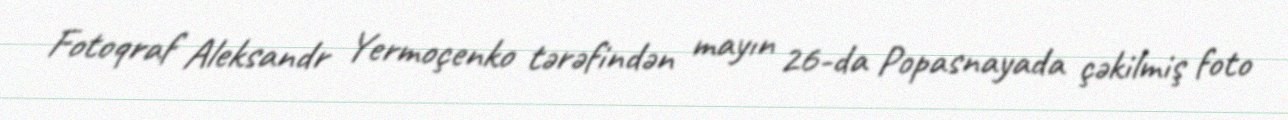
Fotoqraf Aleksandr Yermoçenko tərəfindən mayın 26-da Popasnayada çəkilmiş foto